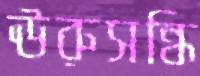
ঊরুসন্ধি